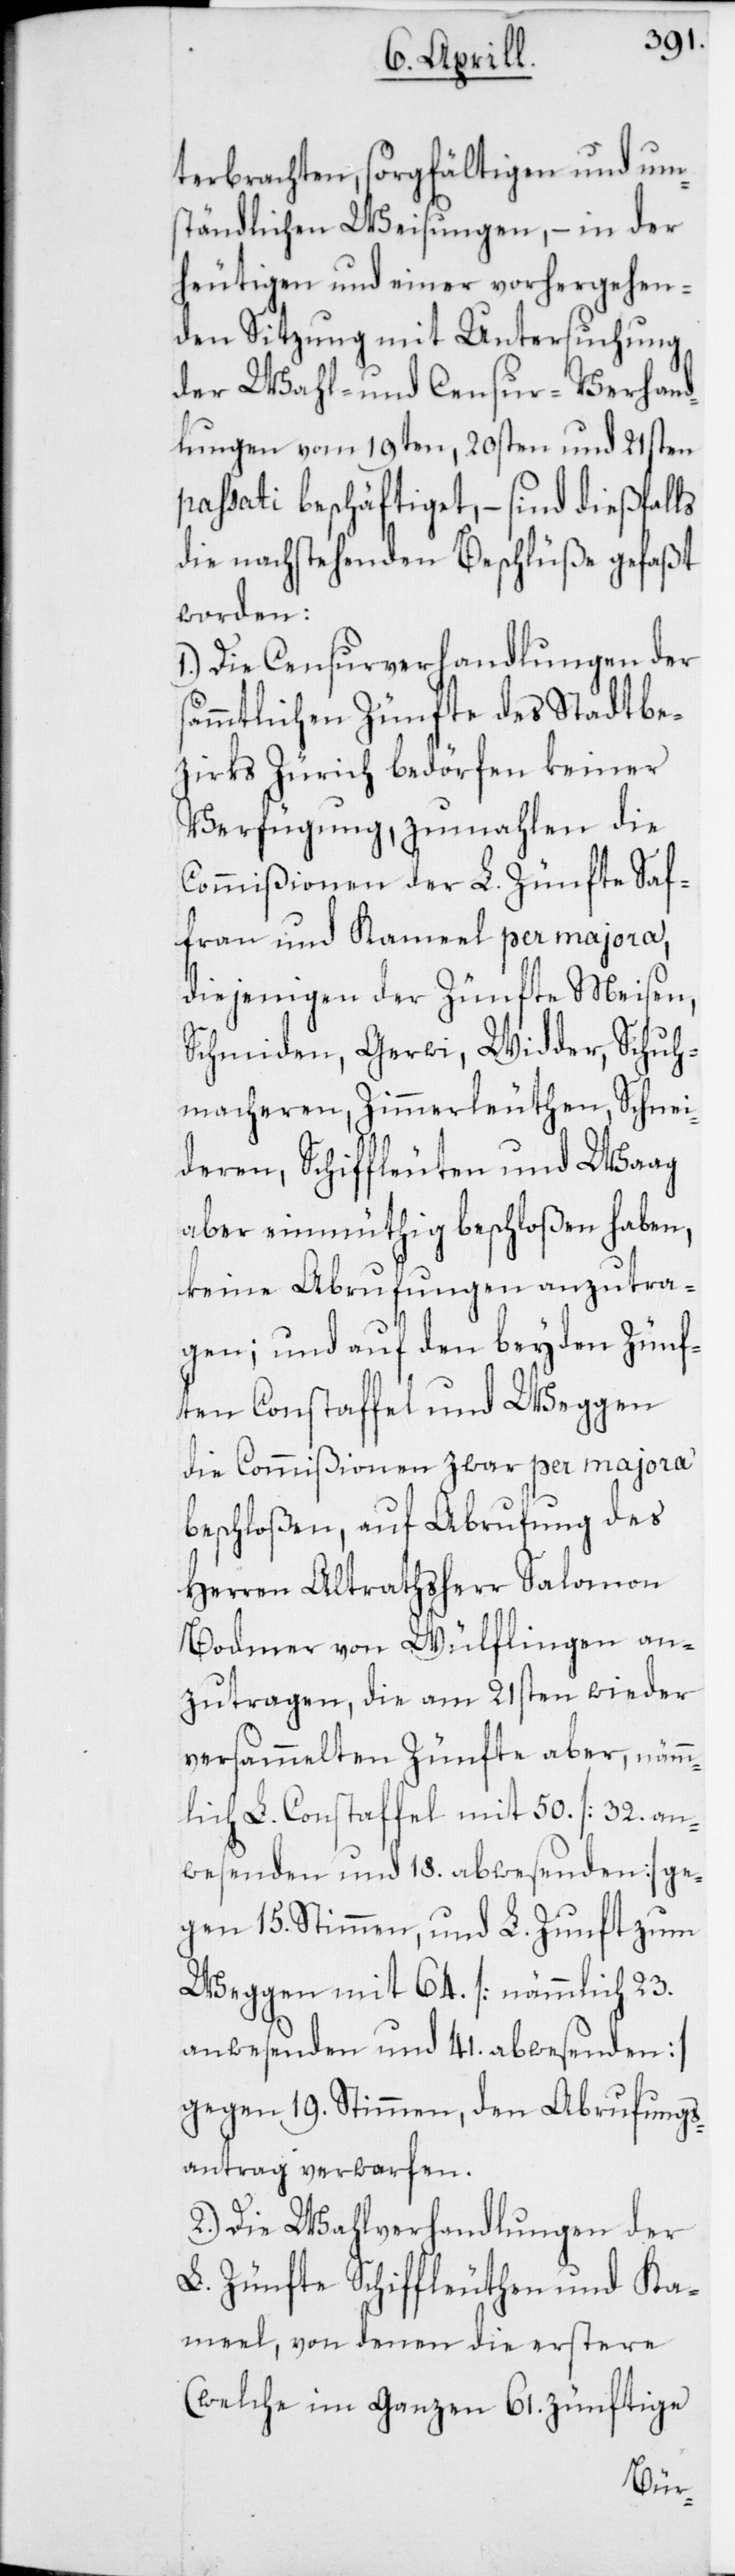
terbrachten, sorgfältigen und um¬
ständlichen Weisungen, – in der
heutigen und einer vorhergehen¬
den Sitzung mit Untersuchung
der Wahl- und Censur-Verhand¬
lungen vom 19ten, 20sten und 21sten
passati beschäftiget, – sind dießfalls
die nachstehenden Beschlüsse gefaßt
worden:
1.) Die Censurverhandlungen der
sämmtlichen Zünfte des Stadtbe¬
zirks Zürich bedörfen keiner
Verfügung, zumahlen die
Commißionen der L. Zünfte Sa¬
fran und Kameel per majora,
diejenigen der Zünfte Meisen,
Schmiden, Gerwi, Widder, Schuh¬
macheren, Zimmerleuten, Schnei¬
deren, Schiffleuten und Waag
aber einmüthig beschloßen haben,
keine Abrufungen anzutra¬
gen; und auf den beyden Zünf¬
ten Constaffel und Weggen
die Commißionen zwar per majora
beschloßen, auf Abrufung des
Herren Altrathsherr Salomon
Bodmer von Wülflingen an¬
zutragen, die am 21sten wieder
versammelten Zünfte aber, nämm¬
lich L. Constaffel mit 50. (32. an¬
wesenden und 18. abwesenden) ge¬
gen 15. Stimmen, und L. Zunft zum
Weggen mit 64. (nämmlich 23.
anwesenden und 41. abwesenden)
gegen 19. Stimmen, den Abrufungs¬
antrag verwarfen.
2.) Die Wahlverhandlungen der
L. Zünfte Schiffleuthen und Ka¬
meel, von denen die erstere
(welche im ganzen 61. zünftige